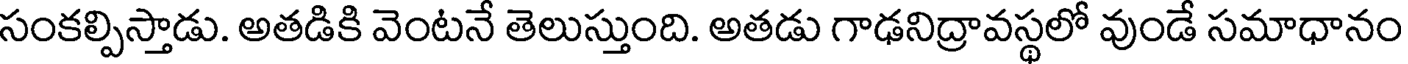
సంకల్పిస్తాడు. అతడికి వెంటనే తెలుస్తుంది. అతడు గాఢనిద్రావస్థలో వుండే సమాధానం